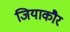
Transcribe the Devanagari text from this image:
जियाकौर